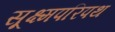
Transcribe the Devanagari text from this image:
सूक्ष्मपरिपथ